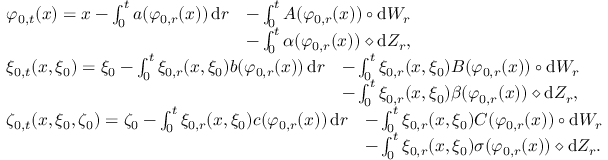
\begin{array} { r l } & { \begin{array} { r l } { \varphi _ { 0 , t } ( x ) = x - \int _ { 0 } ^ { t } a ( \varphi _ { 0 , r } ( x ) ) \, \mathrm { d } r } & { - \int _ { 0 } ^ { t } A ( \varphi _ { 0 , r } ( x ) ) \circ \mathrm { d } W _ { r } } \\ & { - \int _ { 0 } ^ { t } \alpha ( \varphi _ { 0 , r } ( x ) ) \diamond \mathrm { d } Z _ { r } , } \end{array} } \\ & { \begin{array} { r l } { \xi _ { 0 , t } ( x , \xi _ { 0 } ) = \xi _ { 0 } - \int _ { 0 } ^ { t } \xi _ { 0 , r } ( x , \xi _ { 0 } ) b ( \varphi _ { 0 , r } ( x ) ) \, \mathrm { d } r } & { - \int _ { 0 } ^ { t } \xi _ { 0 , r } ( x , \xi _ { 0 } ) B ( \varphi _ { 0 , r } ( x ) ) \circ \mathrm { d } W _ { r } } \\ & { - \int _ { 0 } ^ { t } \xi _ { 0 , r } ( x , \xi _ { 0 } ) \beta ( \varphi _ { 0 , r } ( x ) ) \diamond \mathrm { d } Z _ { r } , } \end{array} } \\ & { \begin{array} { r l } { \zeta _ { 0 , t } ( x , \xi _ { 0 } , \zeta _ { 0 } ) = \zeta _ { 0 } - \int _ { 0 } ^ { t } \xi _ { 0 , r } ( x , \xi _ { 0 } ) c ( \varphi _ { 0 , r } ( x ) ) \, \mathrm { d } r } & { - \int _ { 0 } ^ { t } \xi _ { 0 , r } ( x , \xi _ { 0 } ) C ( \varphi _ { 0 , r } ( x ) ) \circ \mathrm { d } W _ { r } } \\ & { - \int _ { 0 } ^ { t } \xi _ { 0 , r } ( x , \xi _ { 0 } ) \sigma ( \varphi _ { 0 , r } ( x ) ) \diamond \mathrm { d } Z _ { r } . } \end{array} } \end{array}